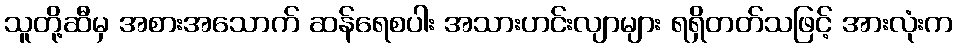
သူတို့ဆီမှ အစားအသောက် ဆန်ရေစပါး အသားဟင်းလျာများ ရရှိတတ်သဖြင့် အားလုံးက